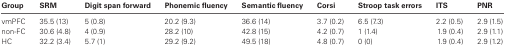
| Group | SRM | Digit span forward | Phonemic fluency | Semantic fluency | Corsi | Stroop task errors | ITS | PNR |
 | --- | --- | --- | --- | --- | --- | --- | --- | --- |
 | vmPFC | 35.5 (13) | 5 (0.8) | 20.2 (9.3) | 36.6 (14) | 3.7 (0.2) | 6.5 (7.3) | 2.2 (0.5) | 2.9 (1.5) |
 | non-FC | 30.6 (4.8) | 4 (0.9) | 28.2 (10) | 42.8 (15) | 4.2 (0.7) | 1 (1.4) | 1.9 (0.4) | 2.9 (1.1) |
 | HC | 32.2 (3.4) | 5.7 (1) | 29.2 (9.2) | 49.5 (18) | 4.8 (0.7) | 0 (0) | 1.9 (0.4) | 2.9 (1.2) |